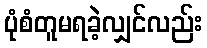
ပုံစံတူမရခဲ့လျှင်လည်း